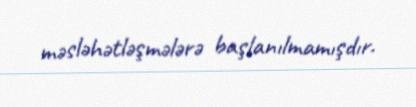
məsləhətləşmələrə başlanılmamışdır.